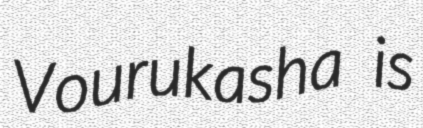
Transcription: Vourukasha is